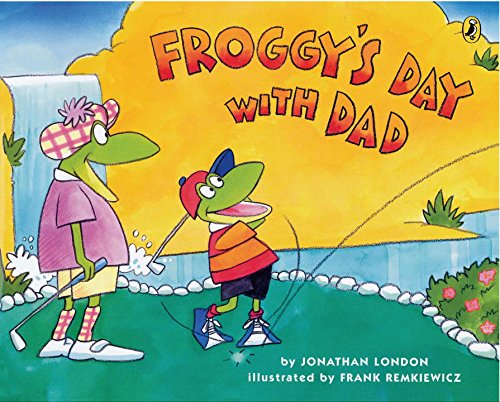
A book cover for Froggy's Day with Dad; Jonathan London; Children's Books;